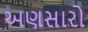
અણસારો